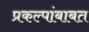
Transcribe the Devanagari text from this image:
प्रकल्पांबाबत